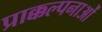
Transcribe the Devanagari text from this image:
प्राक्कल्पनाओं